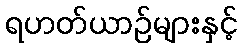
ရဟတ်ယာဉ်များနှင့်